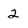
Character: 2